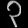
Digit: ၃